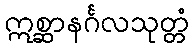
ဣစ္ဆာနင်္ဂလသုတ္တံ